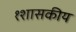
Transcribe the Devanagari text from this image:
१शासकीय